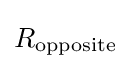
R_{\text{opposite}}